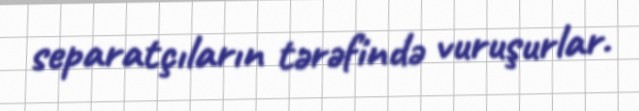
separatçıların tərəfində vuruşurlar.